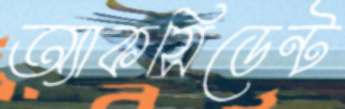
অ্যাকসিডেন্ট